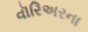
વૉરિઅરના